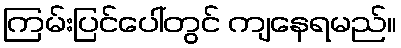
ကြမ်းပြင်ပေါ်တွင် ကျနေရမည်။